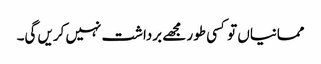
ممانیاں تو کسی طور مجھے برداشت نہیں کریں گی۔